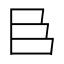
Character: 𮍌